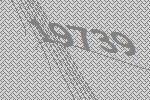
19739